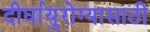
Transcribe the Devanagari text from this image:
दीर्घायुरोग्यासाठी